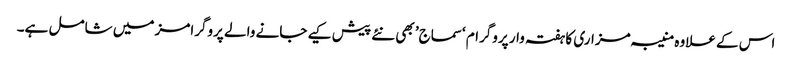
اس کے علاوہ منیبہ مزاری کا ہفتہ وار پروگرام ‘سماج’ بھی نئے پیش کیے جانے والے پروگرامز میں شامل ہے۔